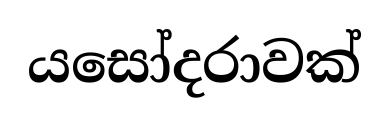
යසෝදරාවක්